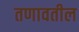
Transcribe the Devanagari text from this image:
तणावतील